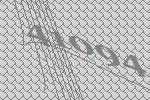
41094